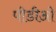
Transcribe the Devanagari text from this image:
पीडीओ